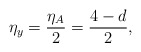
\begin{align*}\eta_y=\frac{\eta_A}{2}=\frac{4-d}{2},\end{align*}